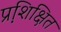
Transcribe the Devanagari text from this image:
प्रशि़क्षित